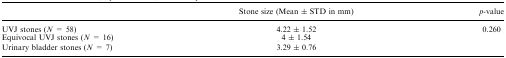
<table><thead><tr><td></td><td><b>Stone size (Mean ± STD in mm)</b></td><td><b><i>p</i>-value</b></td></tr></thead><tbody><tr><td>UVJ stones (<i>N</i> = 58)</td><td>4.22 ± 1.52</td><td rowspan="3">0.260</td></tr><tr><td>Equivocal UVJ stones (<i>N</i> = 16)</td><td>4 ± 1.54</td></tr><tr><td>Urinary bladder stones (<i>N</i> = 7)</td><td>3.29 ± 0.76</td></tr></tbody></table>